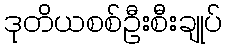
ဒုတိယစစ်ဦးစီးချုပ်